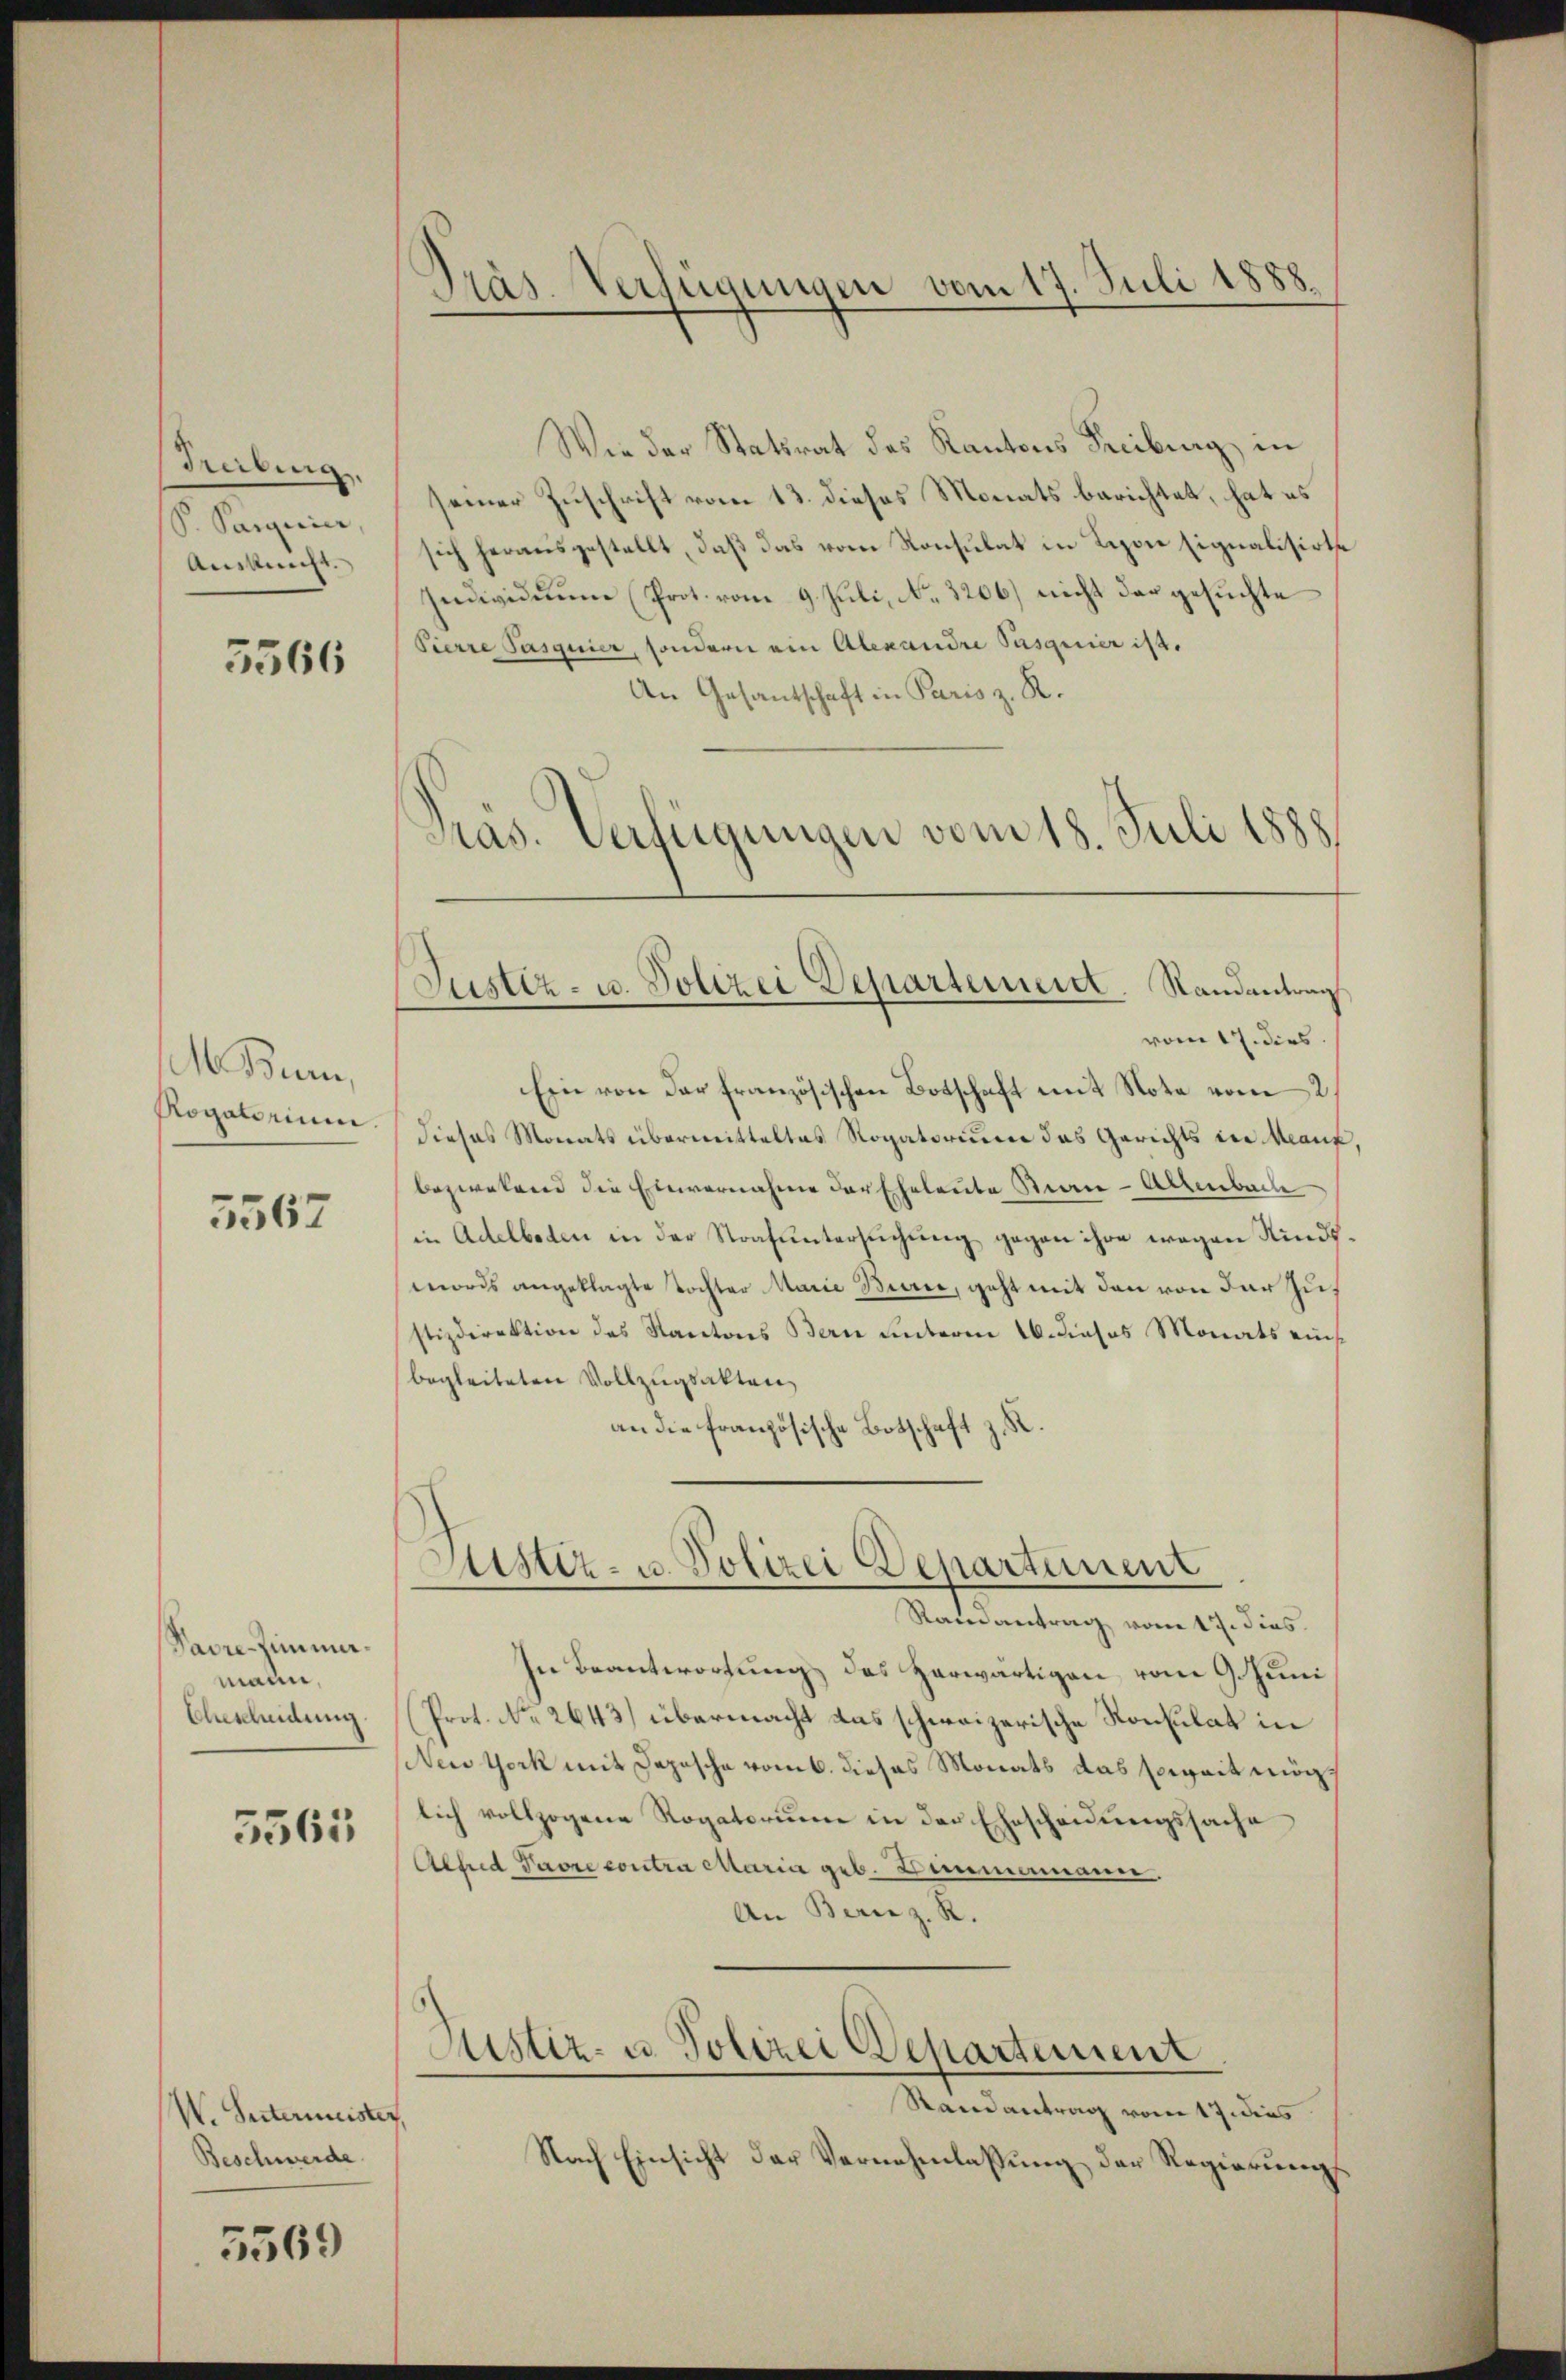
Hebung.
P. Pargerier,
Amkehr.

5566

. Bern,
Rogatorium

5567

Pavre-Zimmer.
mann,
Ehescheidung

5561

W. Seitermeister,
Beschwerde

5569

Präs. Verfügungen vom 17. Juli 1888.

Wie der Statsrat des Kantons Freiburg in
seiner Zuschrift vom 13. dieses Monats berichtet, hat es
sich herausgestellt, daß das vom Konsulat in Lion signalisirte
Individuum (Prot. vom 9. Juli, No. 3206) nicht der gesuchte
Pierre Pasquier, sondern ein Alexandre Pasquier ist.
An Gesandschaft in Paris z. R.
Präs. Verfügungen vom 18. Juli 1888

Justiz- u. Polizei Departement. Randantrag

vom 17. dies
Ein von der französischen Botschaft mit Note vom 2.
dieses Monats übermitteltes Rogatorium das Gerichts der Manz,
bezwekend die Einvernahme der Eheleute Stern-Altenbach
in Adelboden in der Strafuntersuchung gegen ihre wegen Kindsmords angeklagte Tochter Marie Berei, geht mit den von der Zustizdirektion des Kantons Bern unterm 16. dieses Monats einsbegleiteten Vollzugsakten,
an die französische Botschaft

Justiz- u. Polizei Departement

Rainantrag vom 17. dies
In Beantwortung des Zerwärtigen vom 9. Juni
(Prot. No. 2643) übermacht das schweizerische Konsulat in
Wein York mit Depesche vom 6. dieses Monats das soweit mögt
lich vollzogene Rogatorium in der Ehescheidungssache
Achid Pavre contra Maria geb. Zimmermann.
An Berez. R.

Justiz- u. Polizei Departement

Randantrag vom 17. dies
Nach Einsicht der Vernehmlassŭng der Regierungs